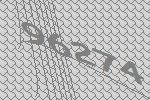
96274